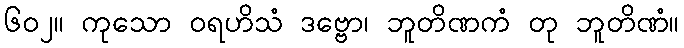
၆၀၂။ ကုသော ဝရဟိသံ ဒဗ္ဗော၊ ဘူတိဏကံ တု ဘူတိဏံ။